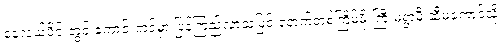
နေ့လယ်ပိုင်းတွင် ကောင်းကင်မှာ ပြန်ကြည်လာသဖြင့် နောက်တစ်ကြိမ်မိုးကြီးမရွာမီ ဆီမကောင်သို့